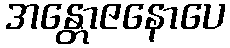
အန္တောဇနောပေ